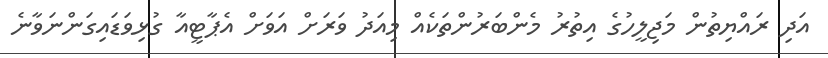
އަދި ރައްޔިތުން މަޖިލީހުގެ އިތުރު މެންބަރުންތަކެއް މިއަދު ވަރަށް އަވަށް އެޕާޓީއާ ގުޅިވަޑައިގަންނަވާނެ